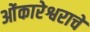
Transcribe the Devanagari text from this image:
ओंकारेश्वराचे